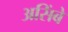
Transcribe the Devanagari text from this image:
असिंबे